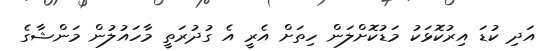
އަދި ކުޑަ އިރުކޮޅަކު މަޑުކޮށްލަން ހިތަށް އެރީ އެ ގުދުރަތީ މާހައުލުން މަންޝާގެ